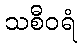
သစီဝရံ